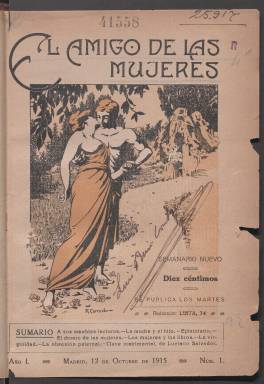
Título: El Amigo de las mujeres
Colección: Revistas femeninas
Ámbito geográfico: Madrid
Lugar de publicación: Madrid
Fechas: 01/01/1915-31/12/1915